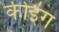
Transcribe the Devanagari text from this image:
कीइंग